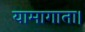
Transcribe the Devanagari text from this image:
यामागाता।